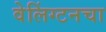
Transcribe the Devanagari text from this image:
वेलिंग्टनचा